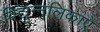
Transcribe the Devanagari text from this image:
विद्युन्नलिकाएँ